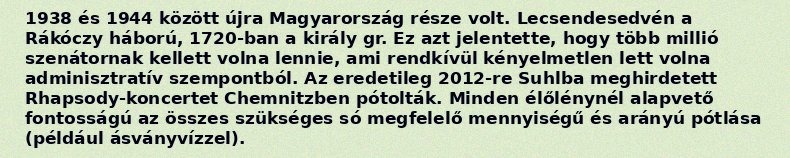
1938 és 1944 között újra Magyarország része volt. Lecsendesedvén a Rákóczy háború, 1720-ban a király gr. Ez azt jelentette, hogy több millió szenátornak kellett volna lennie, ami rendkívül kényelmetlen lett volna adminisztratív szempontból. Az eredetileg 2012-re Suhlba meghirdetett Rhapsody-koncertet Chemnitzben pótolták. Minden élőlénynél alapvető fontosságú az összes szükséges só megfelelő mennyiségű és arányú pótlása (például ásványvízzel).